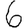
Digit: 6